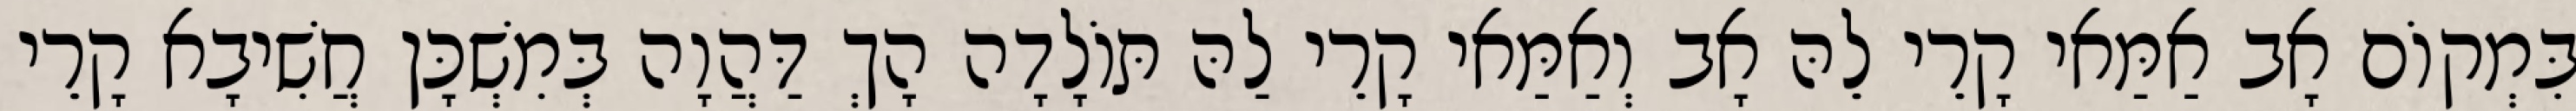
בִּמְקוֹם אָב אַמַּאי קָרֵי לֵהּ אָב וְאַמַּאי קָרֵי לַהּ תּוֹלָדָה הָךְ דַּהֲוָה בְּמִשְׁכָּן חֲשִׁיבָא קָרֵי